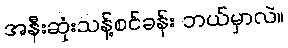
အနီးဆုံးသန့်စင်ခန်း ဘယ်မှာလဲ။